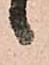
候